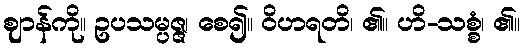
ဈာန်ကို။ ဥပသမ္ပဇ္ဇ၊ စေ၍။ ဝိဟရတိ၊ ၏။ ဟိ-သစ္စံ၊ ၏။